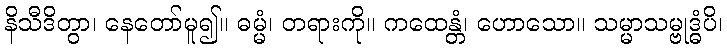
နိသီဒိတွာ၊ နေတော်မူ၍။ ဓမ္မံ၊ တရားကို။ ကထေန္တံ၊ ဟောသော။ သမ္မာသမ္ဗုဒ္ဓံပိ၊